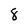
Character: 8